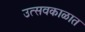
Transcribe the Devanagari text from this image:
उत्सवकाळात